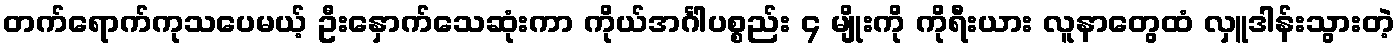
တက်ရောက်ကုသပေမယ့် ဦးနှောက်သေဆုံးကာ ကိုယ်အင်္ဂါပစ္စည်း ၄ မျိုးကို ကိုရီးယား လူနာတွေထံ လှူဒါန်းသွားတဲ့